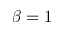
\beta = 1